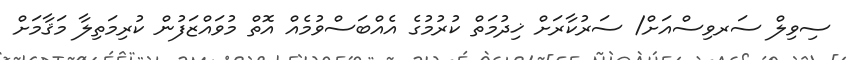
ސިވިލް ސަރވިސްއަށް/ ސަރުކާރަށް ޚިދުމަތް ކުރުމުގެ އެއްބަސްވުމެއް އޮތް މުވައްޒަފުން ކުރިމަތިލާ މަޤާމަށް